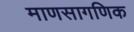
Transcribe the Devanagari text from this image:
माणसागणिक